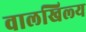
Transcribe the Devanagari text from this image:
वालखिल्‍य